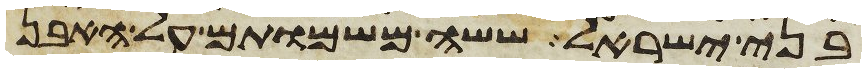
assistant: בני ישראל ששה משמותם על האבן